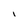
Character: I